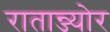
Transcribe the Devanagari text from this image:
रातान्ज्योर